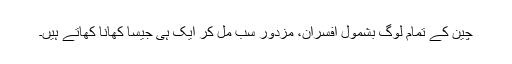
چین کے تمام لوگ بشمول افسران، مزدور سب مل کر ایک ہی جیسا کھانا کھاتے ہیں۔